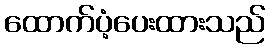
ထောက်ပံ့ပေးထားသည်